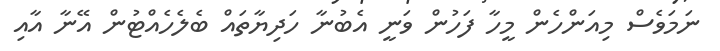
ނަމަވެސް މިއަންހެން މީހާ ފަހުން ވަނީ އެބުނާ ހަދިޔާތައް ބެލެހެއްޓުން އޭނާ އާއި